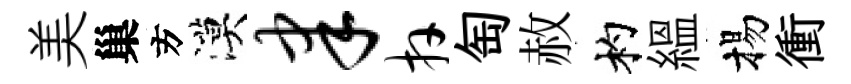
美巢方漠聿卉匋赦杓緼揚衝